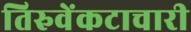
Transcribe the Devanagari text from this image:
तिरुवेंकटाचारी